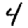
Digit: 4